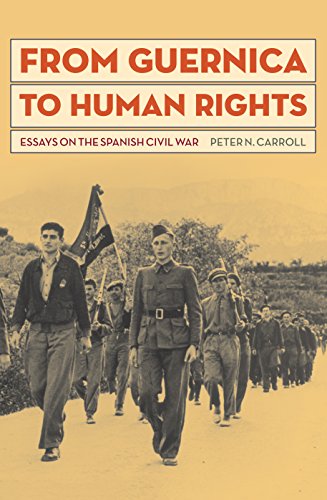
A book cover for From Guernica to Human Rights: Essays on the Spanish Civil War; Peter N. Carroll; History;